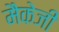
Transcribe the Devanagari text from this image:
मैकेजी